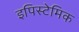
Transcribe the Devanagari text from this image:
इपिस्टेमिक